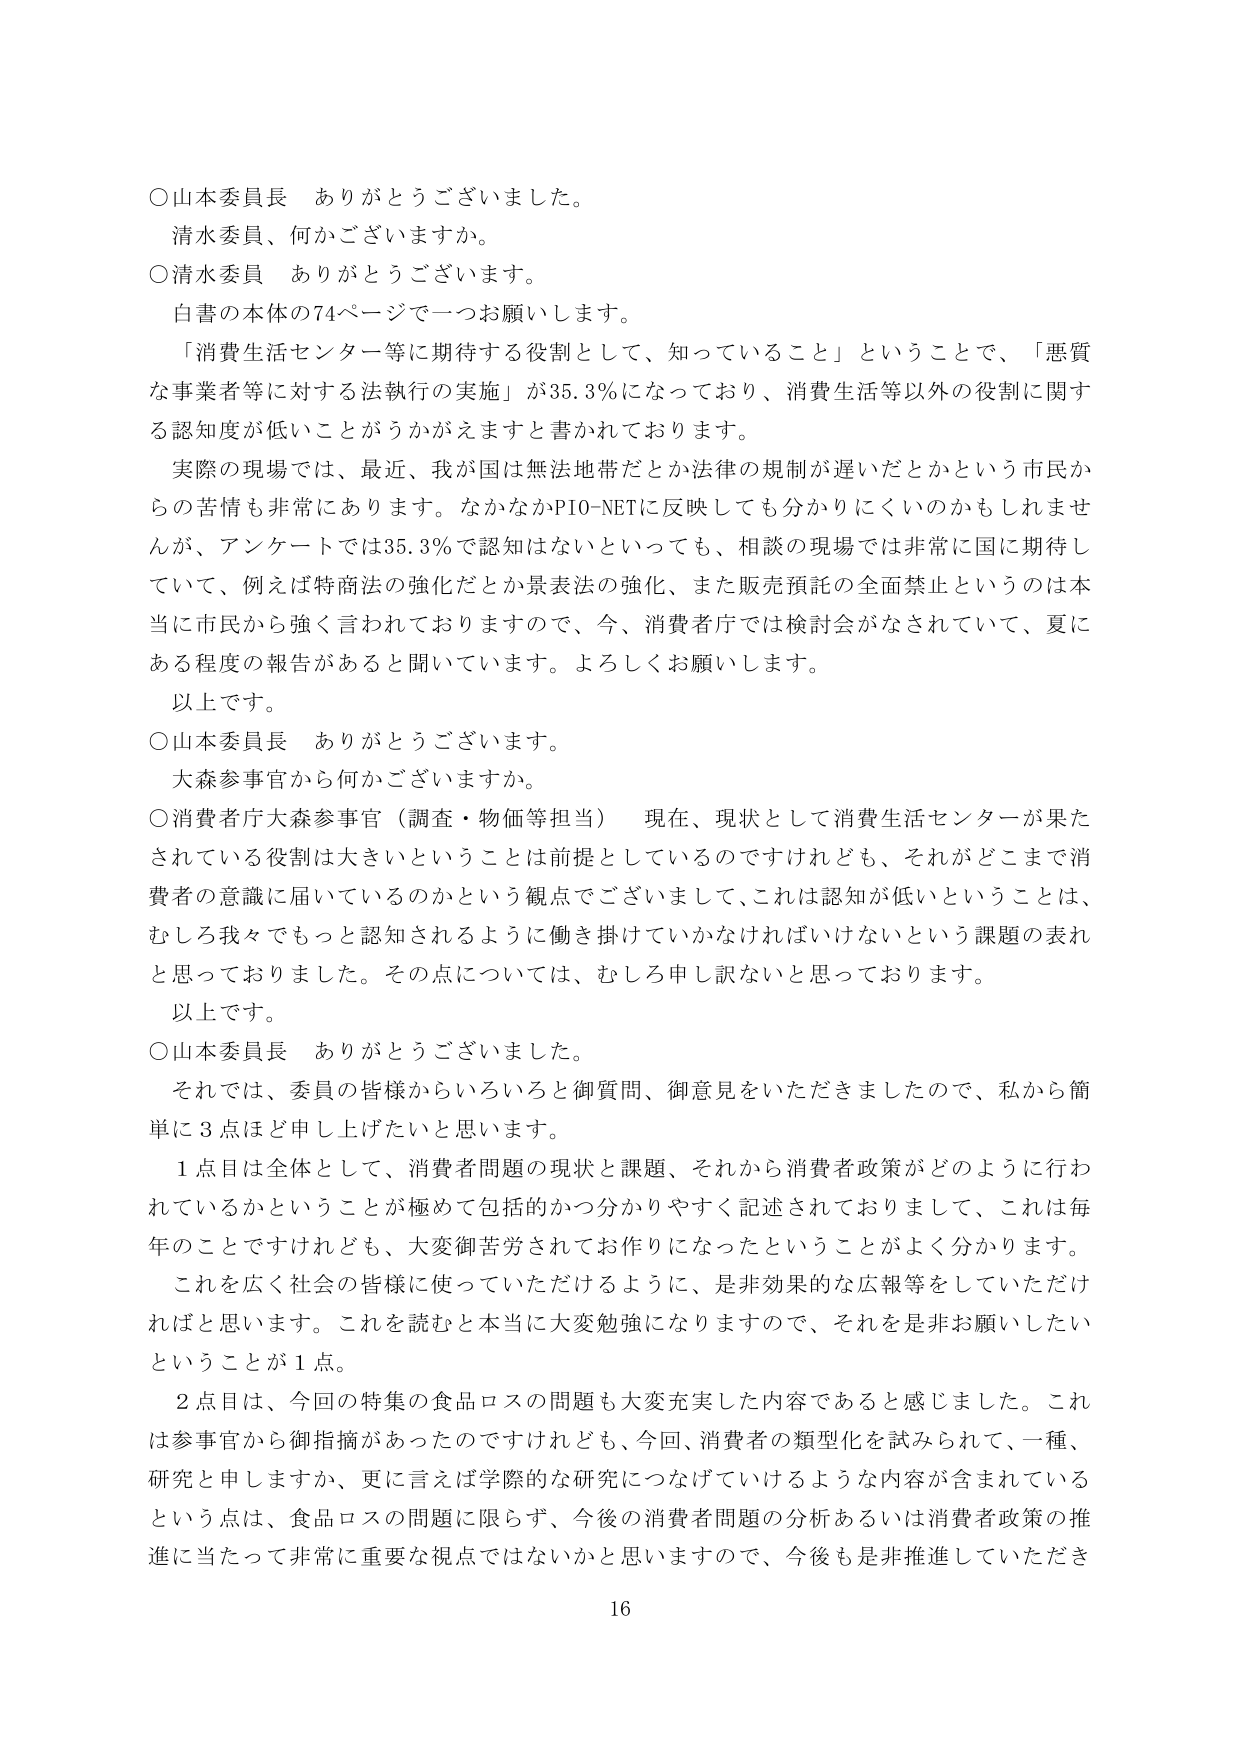
○山本委員長　ありがとうございました。
清水委員、何かございますか。
○清水委員　ありがとうございます。
白書の本体の74ページで一つお願いします。
「消費生活センター等に期待する役割として、知っていること」ということで、「悪質な事業者等に対する法執行の実施」が35.3％になっており、消費生活等以外の役割に関する認知度が低いことがうかがえますと書かれております。
実際の現場では、最近、我が国は無法地帯だとか法律の規制が遅いだとかという市民からの苦情も非常にあります。なかなかPIO-NETに反映しても分かりにくいのかもしれませんが、アンケートでは35.3％で認知はないといっても、相談の現場では非常に国に期待していて、例えば特商法の強化だとか景表法の強化、また販売預託の全面禁止というのは本当に市民から強く言われておりますので、今、消費者庁では検討会がなされていて、夏にある程度の報告があると聞いています。よろしくお願いします。
以上です。
○山本委員長　ありがとうございます。
大森参事官から何かございますか。
○消費者庁大森参事官（調査・物価等担当）　現在、現状として消費生活センターが果たされている役割は大きいということは前提としているのですけれども、それがどこまで消費者の意識に届いているのかという観点でございまして、これは認知が低いということは、むしろ我々でもっと認知されるように働き掛けていかなければならないという課題の表れと思っておりました。その点については、むしろ申し訳ないと思っております。
以上です。
○山本委員長　ありがとうございました。
それでは、委員の皆様からいろいろと御質問、御意見をいただきましたので、私から簡単に3点ほど申し上げたいと思います。
1点目は全体として、消費者問題の現状と課題、それから消費者政策がどのように行われているかということが極めて包括的かつ分かりやすく記述されておりまして、これは毎年のことですけれども、大変御苦労されてお作りになったということがよく分かります。
これを広く社会の皆様に使っていただけるように、是非効果的な広報等をしていただければと思います。これを読むと本当に大変勉強になりますので、それを是非お願いしたいということが1点。
2点目は、今回の特集の食品ロスの問題も大変充実した内容であると感じました。これは参事官から御指摘があったのですけれども、今回、消費者の類型化を試みられて、一種、研究と申しますか、更に言えば学際的な研究につなげていけるような内容が含まれているという点は、食品ロスの問題に限らず、今後の消費者問題の分析あるいは消費者政策の推進に当たって非常に重要な視点ではないかと思いますので、今後も是非推進していただき

16